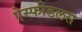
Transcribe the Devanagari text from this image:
ऐस्फोडलस